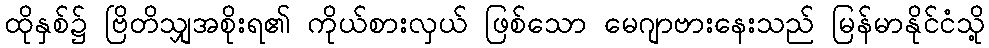
ထိုနှစ်၌ ဗြိတိသျှအစိုးရ၏ ကိုယ်စားလှယ် ဖြစ်သော မေဂျာဗားနေးသည် မြန်မာနိုင်ငံသို့